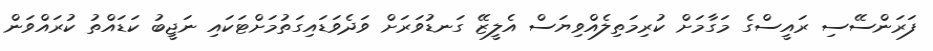
ފަރަންސޭސި ރައީސްގެ މަގާމަށް ކުރިމަތިލެއްވިޔަސް އެލީޒޭ ގަނޑުވަރަށް ވަދެވަޑައިގަތުމަށްޓަކައި ނަޖީބު ކަޑައްތު ކުރައްވަން